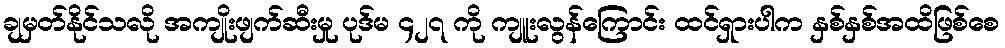
ချမှတ်နိုင်သလို အကျိုးဖျက်ဆီးမှု ပုဒ်မ ၄၂၇ ကို ကျူးလွန်ကြောင်း ထင်ရှားပါက နှစ်နှစ်အထိဖြစ်စေ